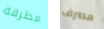
مطرقة مصرف